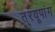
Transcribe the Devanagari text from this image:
त््रयूपांग